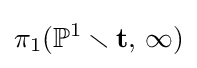
\pi _{1}(\mathbb {P} ^{1}\smallsetminus \mathbf {t} ,\,\infty )